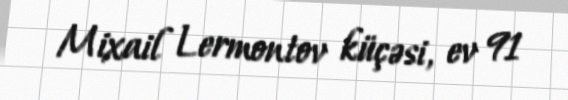
Mixail Lermontov küçəsi, ev 91